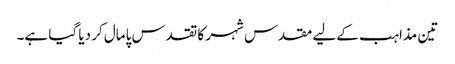
تین مذاہب کےلیے مقدس شہر کا تقدس پامال کر دیا گیا ہے۔